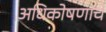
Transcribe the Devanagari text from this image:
अधिकोषणाचे